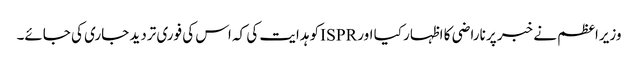
وزیراعظم نے خبر پر ناراضی کا اظہار کیا اور ISPRکو ہدایت کی کہ اس کی فوری تردید جاری کی جائے۔